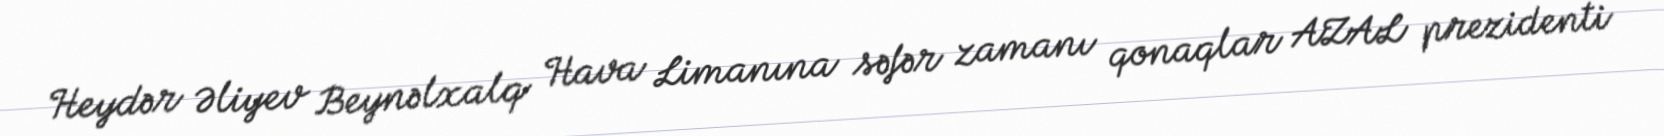
Heydər Əliyev Beynəlxalq Hava Limanına səfər zamanı qonaqlar AZAL prezidenti